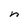
Character: n